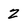
Character: z